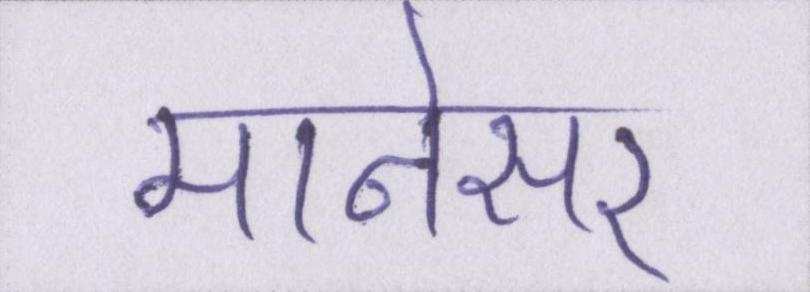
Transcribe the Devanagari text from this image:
मानेसर